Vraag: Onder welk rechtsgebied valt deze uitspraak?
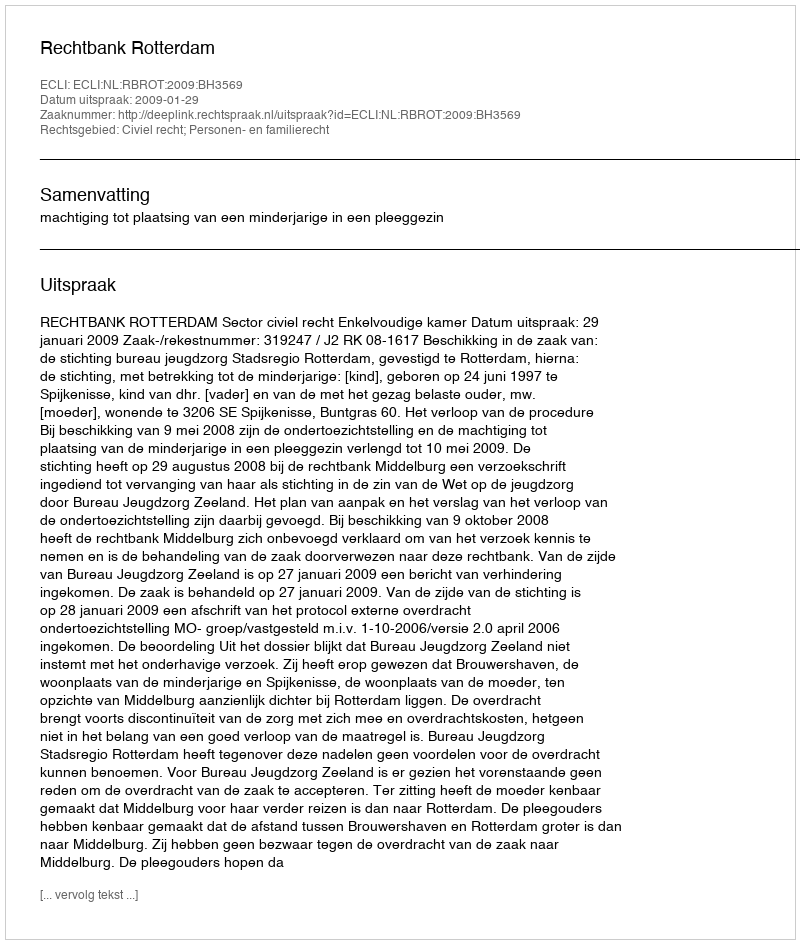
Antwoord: Civiel recht; Personen- en familierecht